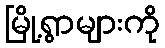
မြို့ရွာများကို